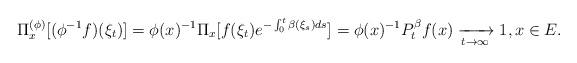
LaTeX: \begin{align*}\Pi_x^{(\phi)} [(\phi^{-1}f)(\xi_t)]= \phi(x)^{-1}\Pi_x[f(\xi_t) e^{- \int_0^t \beta(\xi_s) ds}]= \phi(x)^{-1} P^\beta_t f(x)\xrightarrow[t\to \infty]{} 1,x\in E.\end{align*}